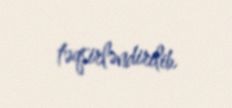
təqsirləndirilib.